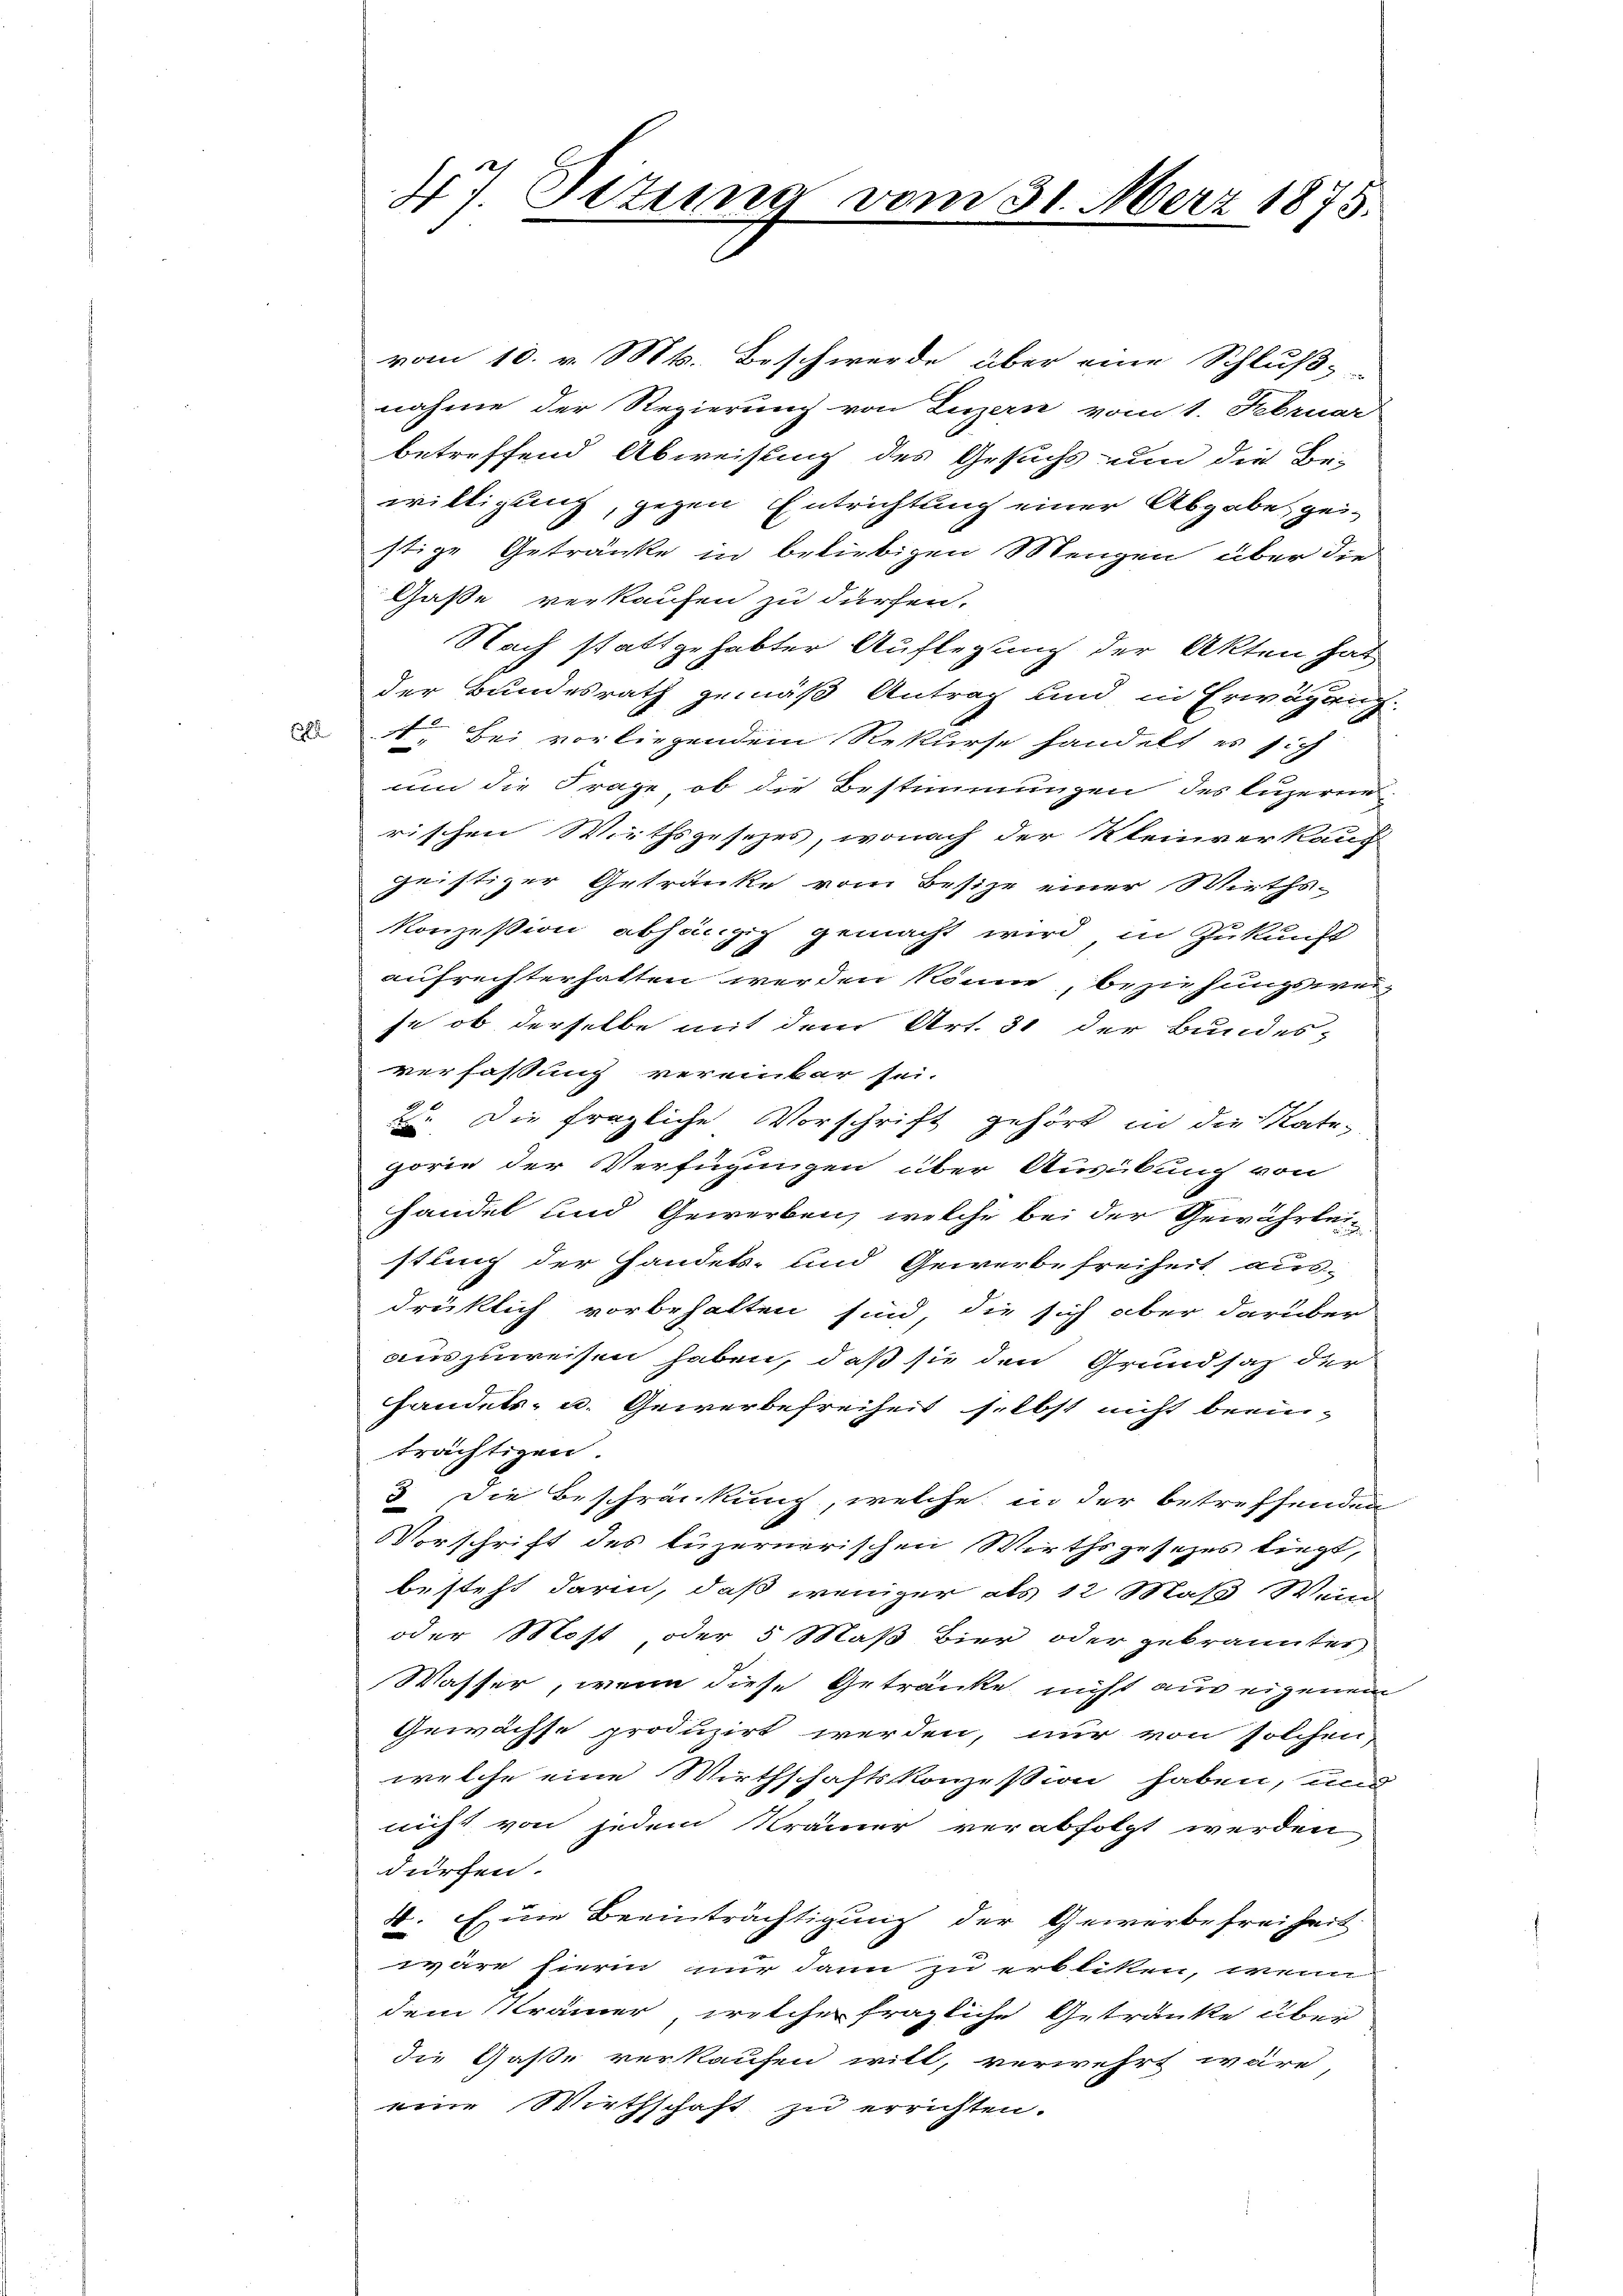
vom 10. v. Mts. Beschwerde über eine Schluß-
nahme der Regierung von Luzern vom 1. Februar
betreffend Abweisung des Gesuchs und die Be-
willigung, gegen Entrichtung einer Abgabe, geistige Getränke in beliebigen Mengen über die
Gaße verkaufen zu dürfen.
Nach stattgehabter Auflegung der Akten hat
der Bundesrath gemäß Antrag und in Erwägung
  Bei vorliegendem Rekurse handelt es sich
um die Frage, ob die Bestimmungen des Luzerne
rischen Wirthsgesezes, wonach der Kleinverkauf
geistiger Getränke vom Besize einer Wirths-
Konzession abhängig gemacht wird in Zukunft
aufrechterhalten werden könne, beziehungsweife, ob derselbe mit dem Art. 31 der Bundes-
verfassung vereinbar sei.
2. Die fragliche Vorschrift gehört in die Rate-
gorie der Verfügungen über Ausübung von
handel und Gewerben, welche bei der Gewährte
stung der Handels- und Gewerbefreiheit ausdrüklich vorbehalten sind, die sich aber darüber
auszuweisen haben, daß sie den Grundsatz der
handels- u. Gewerbefreiheit selbst nicht beeinträchtigen.
3 die Beschränkung, welche in der betreffenden
Vorschrift des Luzernerischen Wirthsgesezes liegt,
besteht darin, daß weniger als 12 Maß Wend
oder Most, oder 5 Maß Bier oder gebrannten
Wasser, wenn diese Getränke nicht aus eigenem
Gewächse produzirt werden, nur von solchen,
welche eine Wirthschaftskonzession haben, und
nicht von jedem Krämer verabfolgt werden
dürchen.
4. Eine Beeinträchtigung der Gewerbefreiheit.
wäre hierin nur dann zu erblitten, wenn
dem Krämer, welcher fragliche Getränke über
die Gaße verkaufen will, verwehrt wäre
eine Wirthschaft zu errichten.

47. Setung vom 31. März 1875.